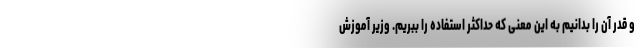
و قدر آن را بدانیم به این معنی که حداکثر استفاده را ببریم. وزیر آموزش